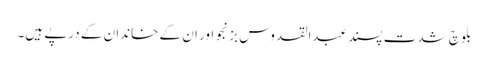
بلوچ شدت پسند عبدالقدوس بزنجو اور ان کے خاندان کے درپے ہیں۔